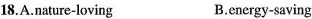
18.A.Nature-loving B.cnergy-saving